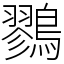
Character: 鷚